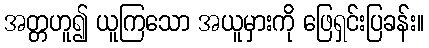
အတ္တဟူ၍ ယူကြသော အယူမှားကို ဖြေရှင်းပြခန်း။